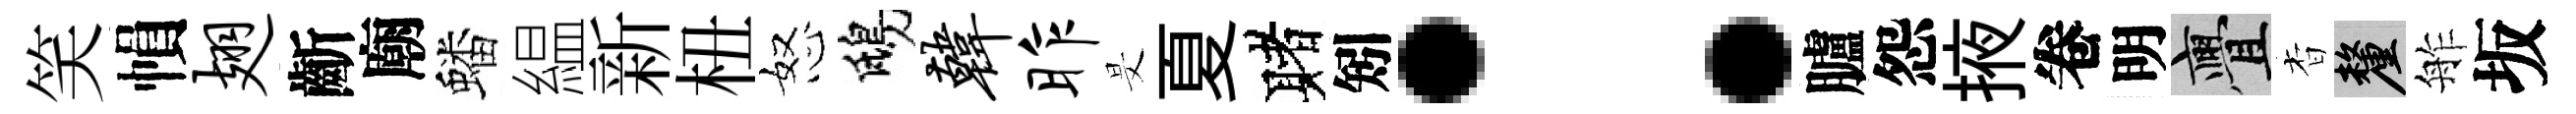
笑𢄙翅齗廟蟠緼新杻怒鴟韩昨旻夏赌矧：臚怨掖卷明亹杳厘舴坂